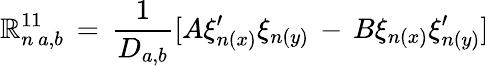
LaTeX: \mathbb{R}_{n\, a,b}^{11}\, =\, \frac{{1}}{{D_{a,b}}}[A\xi_{n(x)}^{\prime}\xi_{n(y)}\, -\, B\xi_{n(x)}\xi_{n(y)}^{\prime}]